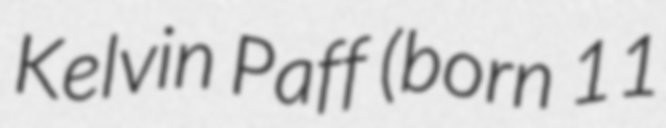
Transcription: Kelvin Paff (born 11